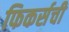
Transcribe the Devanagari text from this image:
फिकर्सची